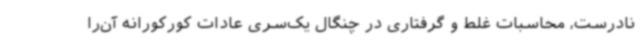
نادرست، محاسبات غلط و گرفتاری در چنگال یک‌سری عادات کورکورانه آن‌را